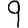
Digit: 9